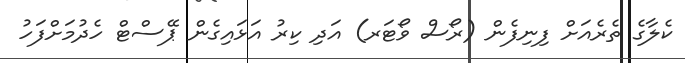
ކެލާގެ ތެރެއަށް ފިނިފެން (ރޯސް ވޯޓަރ) އަދި ކިރު އަޅައިގެން ޕޭސްޓް ހެދުމަށްފަހު